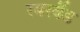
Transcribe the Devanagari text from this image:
रबरबैंड